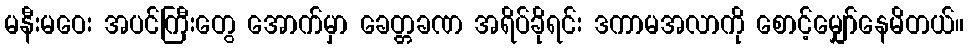
မနီးမဝေး အပင်ကြီးတွေ အောက်မှာ ခေတ္တခဏ အရိပ်ခိုရင်း ဒကာမအလာကို စောင့်မျှော်နေမိတယ်။